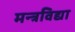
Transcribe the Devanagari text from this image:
मन्त्रविद्या